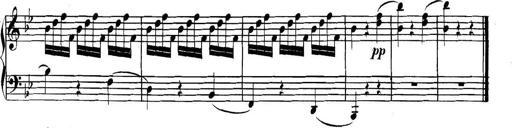
Title: Collected Piano Sonatas
Composer: Muzio Clementi